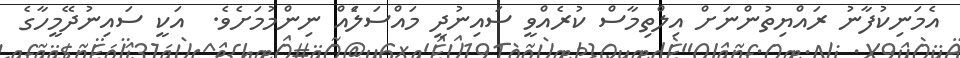
އެމަނިކުފާނު ރައްޔިތުންނަށް އިލްތިމާސް ކުރެއްވީ ސައިނުދީ މައްސަލަެއް ނިންމުމަށެވެ.  އަކީ ސައިނުދޭމީހާގެ